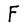
Character: F